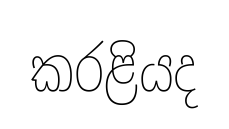
කරළියද